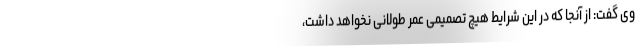
وی گفت: از آنجا که در این شرایط هیچ تصمیمی عمر طولانی نخواهد داشت،